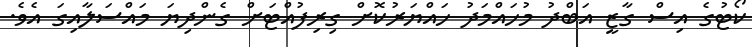
ކޯޓުގެ އިސް ގާޒީ އަބްދު މުހައްމަދު ހައްޔަރުކޮށް ގިރިފުއްޓަށް ގެންދިޔަ މައްސަލާއިގަ އެވެ.